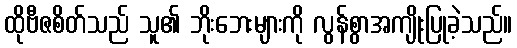
ထိုဗီဇစိတ်သည် သူ၏ ဘိုးဘေးများကို လွန်စွာအကျိုးပြုခဲ့သည်။